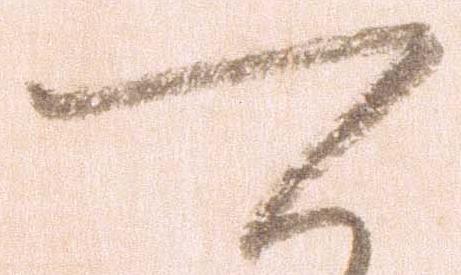
可